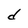
Character: d